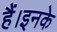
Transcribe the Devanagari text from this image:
हैं।इनके